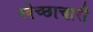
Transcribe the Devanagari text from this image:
स्‍वेच्‍छाचारी